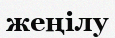
жеңілу